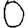
Digit: 0